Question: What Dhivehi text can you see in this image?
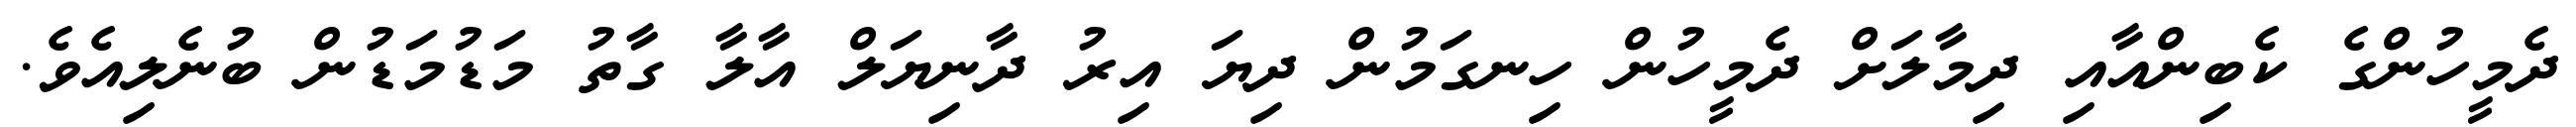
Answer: ދެމީހުންގެ ކެބިންއާއި ދިމާލަށް ދެމީހުން ހިނގަމުން ދިޔަ އިރު ދާނިޔަލް އާލާ ގާތު މަޑުމަޑުން ބުނެލިއެވެ.